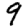
Digit: 9